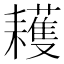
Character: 耯